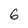
Character: 6